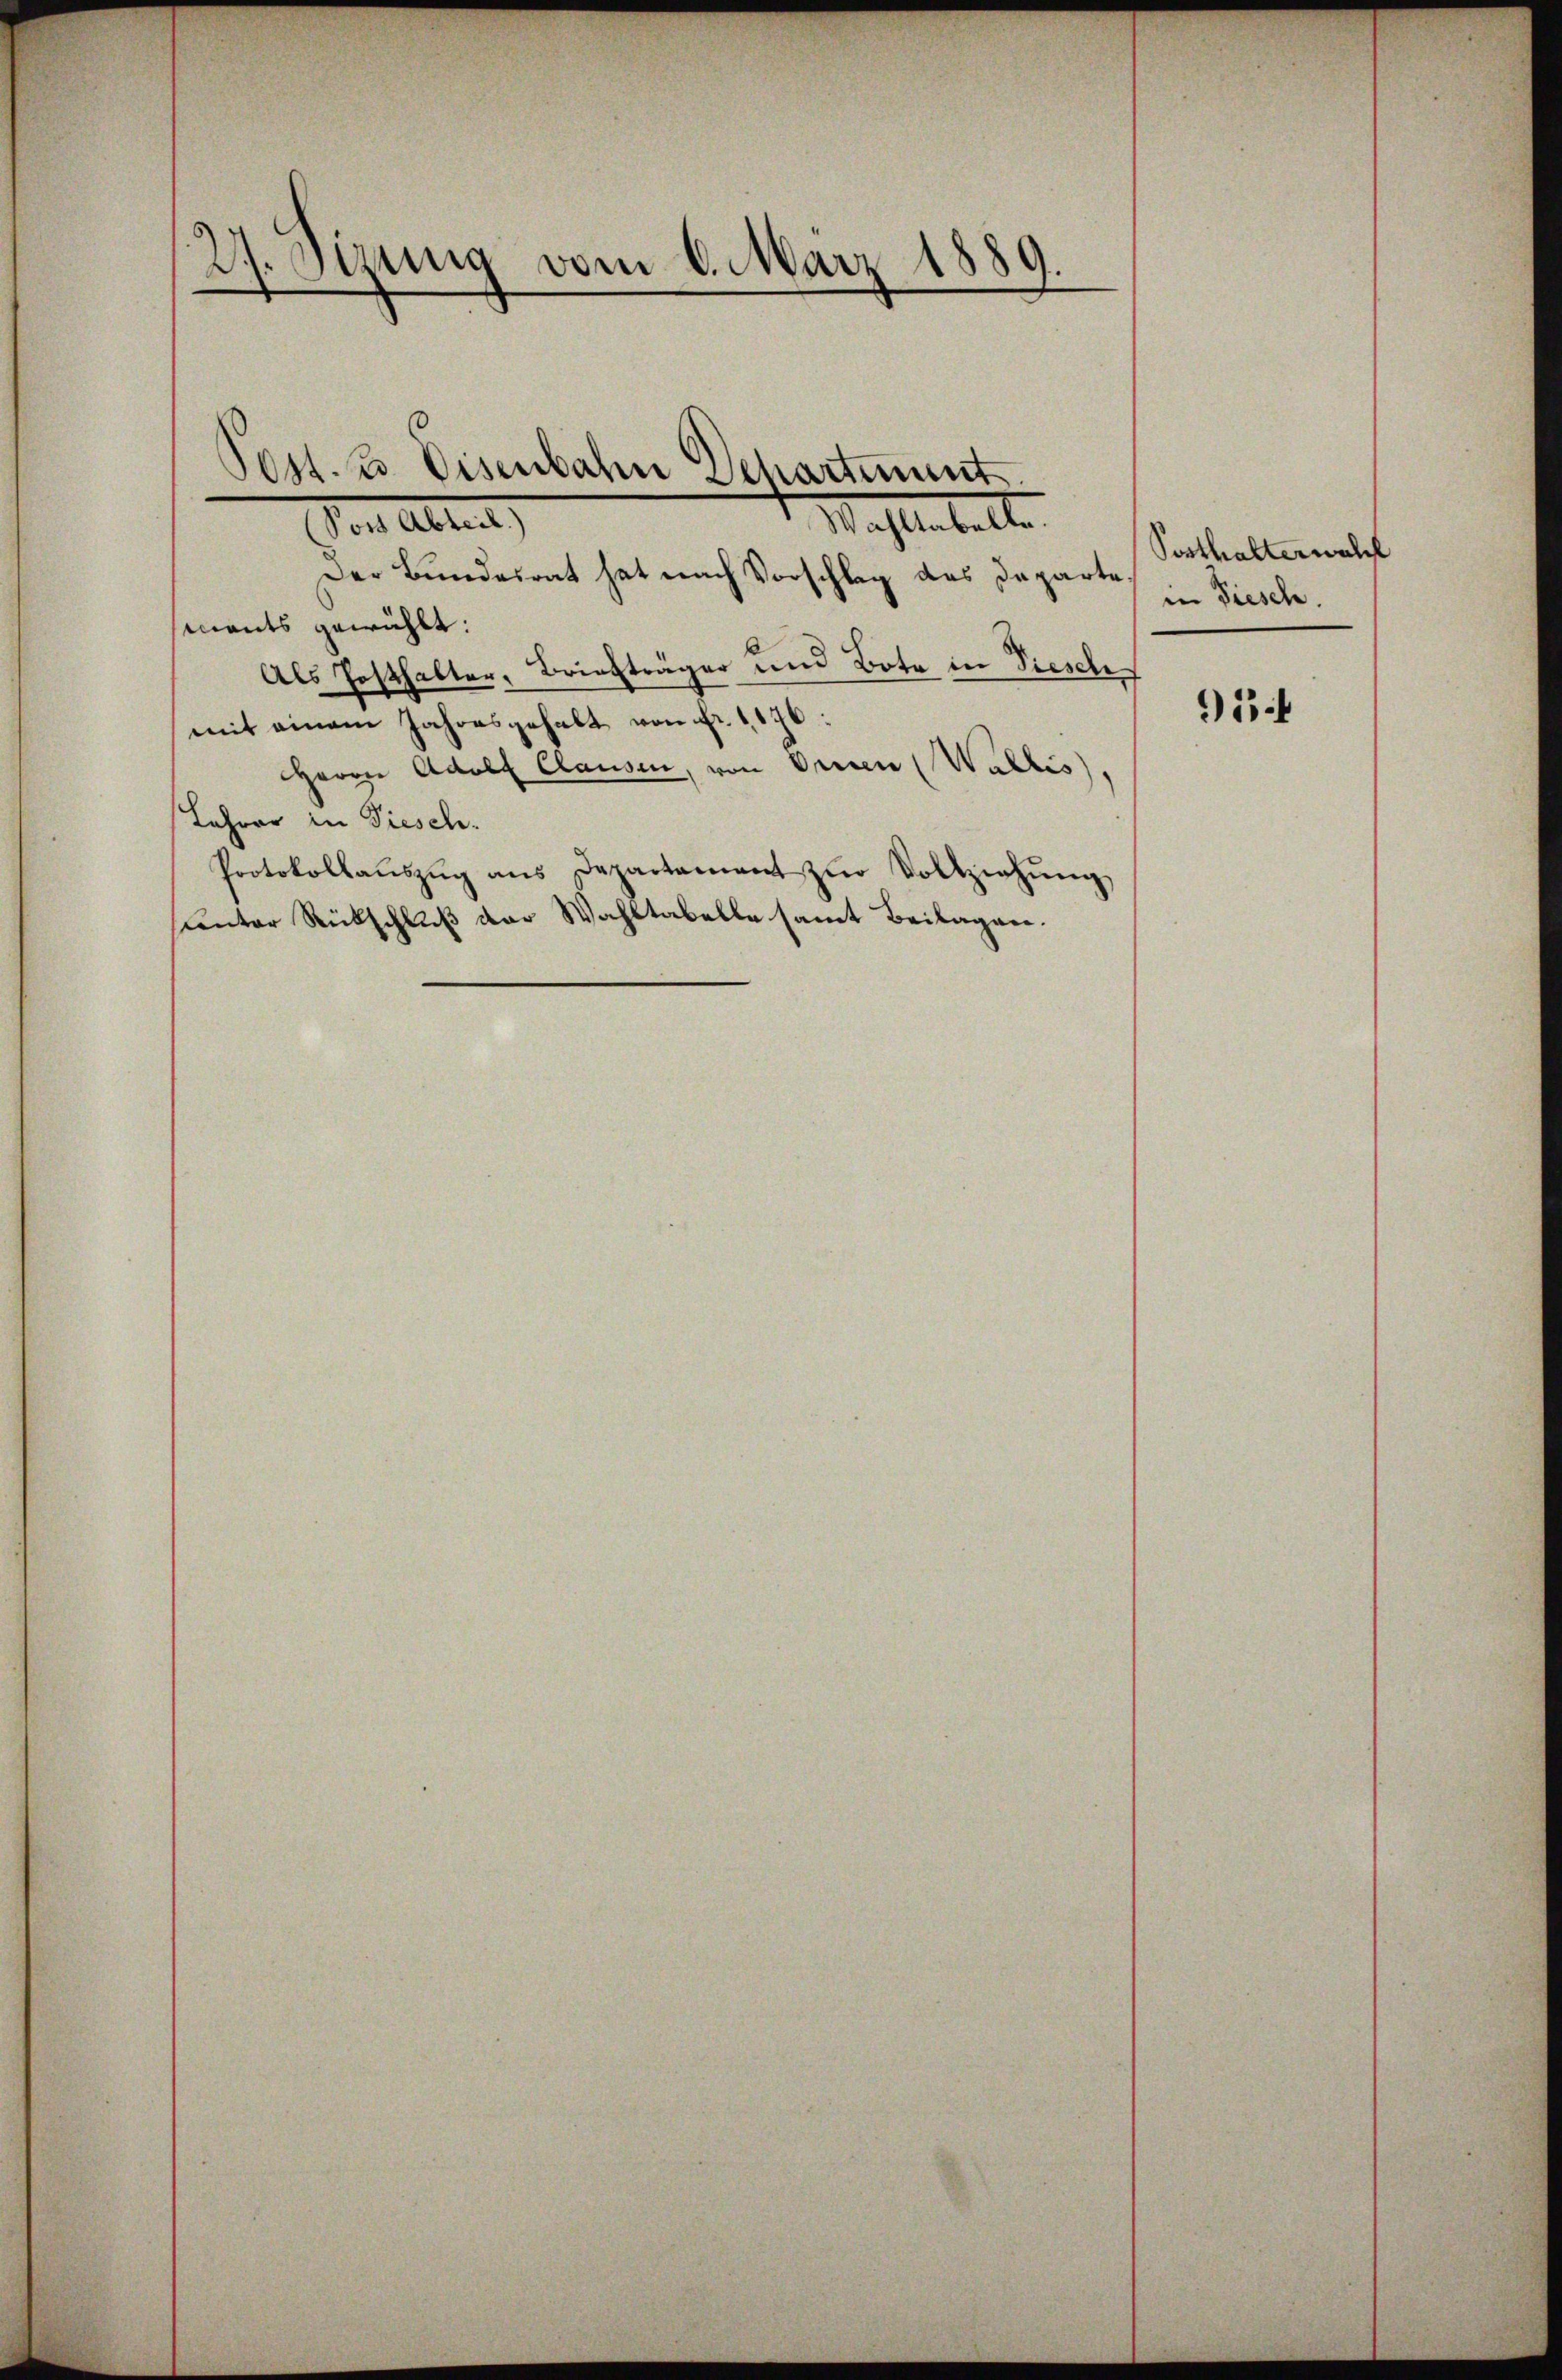
27. Sizung vom 6. März 1889.

Mahlenballe
Post Abteil)

Der Bundesrat hat nach Vorschlag des Departements gewählt:
Als Festhalter, Briefträger und Bote in Piesch
mit einem Jahresgehalt von Fr. 1170:
Herrn Adolf Clausen, von Orien (Wallis,
Lehrer in Fiesch.
Protokollaŭszŭg ans Departement zŭr Vollziehŭng
sunter Rückschluß der Wahltabelle samt Beilagen.

Post. 2 Eisenbahn Departement

Posthalterwal
in Fiesch.

91